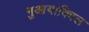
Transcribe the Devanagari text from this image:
गुआयाक्विल